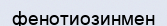
фенотиозинмен